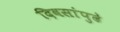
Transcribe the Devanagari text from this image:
दिवसांपुढे